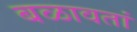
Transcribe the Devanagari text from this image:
बळावतां